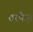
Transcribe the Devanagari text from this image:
तरफै़न